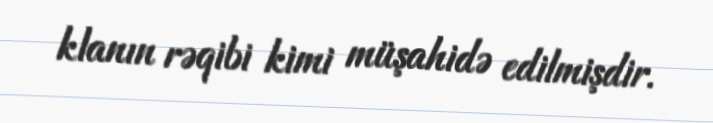
klanın rəqibi kimi müşahidə edilmişdir.